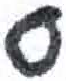
אות: ס